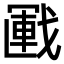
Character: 𢧰